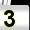
Digit: 3